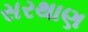
સરથાણ